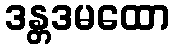
ဒန္တဒမထော